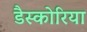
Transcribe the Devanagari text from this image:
डैस्कोरिया